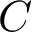
C